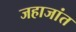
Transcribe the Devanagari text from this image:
जहाजांत